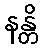
နန္တိ